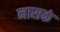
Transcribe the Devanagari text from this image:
नासकं